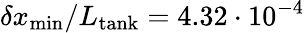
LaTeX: \delta x_{\mathrm{min}}/L_{\mathrm{tank}}=4.32\cdot 10^{-4}